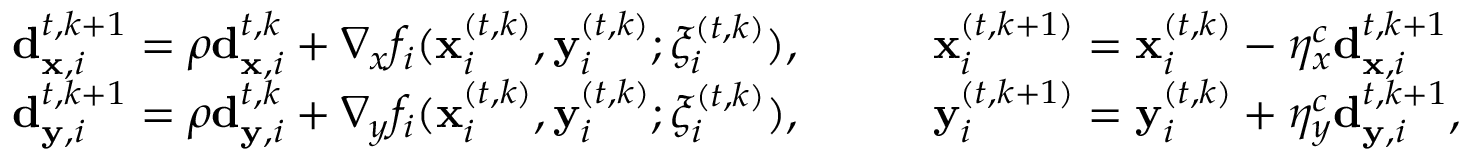
\begin{array} { r } { \begin{array} { l l } { \mathbf d _ { { \mathbf x } , i } ^ { t , k + 1 } = \rho \mathbf d _ { { \mathbf x } , i } ^ { t , k } + \nabla _ { x } f _ { i } ( { \mathbf { x } _ { i } ^ { ( t , k ) } } , { \mathbf { y } _ { i } ^ { ( t , k ) } } ; { \xi _ { i } ^ { ( t , k ) } } ) , \qquad } & { { \mathbf { x } _ { i } ^ { ( t , k + 1 ) } } = { \mathbf { x } _ { i } ^ { ( t , k ) } } - \eta _ { x } ^ { c } \mathbf d _ { { \mathbf x } , i } ^ { t , k + 1 } } \\ { \mathbf d _ { { \mathbf y } , i } ^ { t , k + 1 } = \rho \mathbf d _ { { \mathbf y } , i } ^ { t , k } + \nabla _ { y } f _ { i } ( { \mathbf { x } _ { i } ^ { ( t , k ) } } , { \mathbf { y } _ { i } ^ { ( t , k ) } } ; { \xi _ { i } ^ { ( t , k ) } } ) , \qquad } & { { \mathbf { y } _ { i } ^ { ( t , k + 1 ) } } = { \mathbf { y } _ { i } ^ { ( t , k ) } } + \eta _ { y } ^ { c } \mathbf d _ { { \mathbf y } , i } ^ { t , k + 1 } , } \end{array} } \end{array}